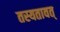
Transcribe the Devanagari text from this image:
तस्यतावत्